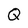
Character: Q